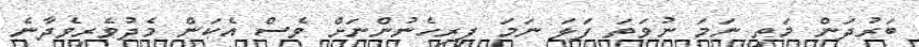
ބަރުދަން މަތި ނަމަ ނުވަތަ ފަލަ ނަމަ ފިރިހެނުންނަށް ވެސް އެކަން މެދުވެރިވެދާނެ